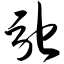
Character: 驰